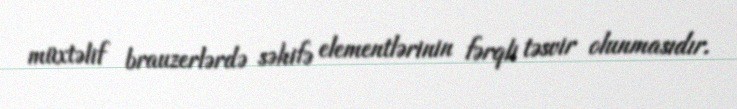
müxtəlif brauzerlərdə səhifə elementlərinin fərqli təsvir olunmasıdır.